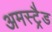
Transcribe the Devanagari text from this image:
अमस्ट्रैड